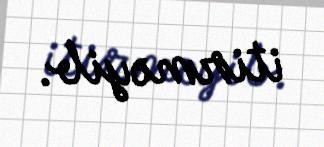
itirməyib.